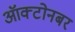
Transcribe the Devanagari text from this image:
ऑक्टोनबर